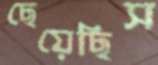
ছেয়েছিস